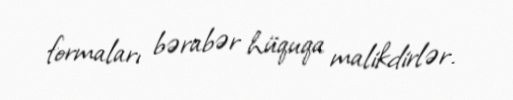
formaları bərabər hüquqa malikdirlər.